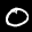
Label: 0